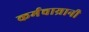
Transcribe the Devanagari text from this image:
कर्मचाय्रानी